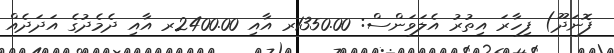
ފޮނަދޫ) ފިހާރަ އިތުރު އެލަވަންސް: 1350.00ރ އާއި 2400.00ރ އާއި ދެމެދުގެ އަދަދެއް